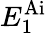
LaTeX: E_{1}^{\mathrm{Ai}}